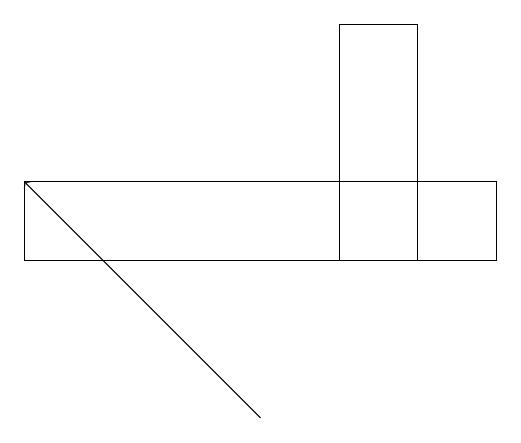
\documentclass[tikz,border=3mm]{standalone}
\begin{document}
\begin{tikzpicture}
\draw (5,18) rectangle (6,15);
\draw[->] (4,13) -- (1,16);
\draw (7,15) rectangle (1,16);
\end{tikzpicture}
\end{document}